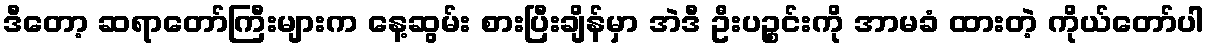
ဒီတော့ ဆရာတော်ကြီးများက နေ့ဆွမ်း စားပြီးချိန်မှာ အဲဒီ ဦးပဉ္စင်းကို အာမခံ ထားတဲ့ ကိုယ်တော်ပါ